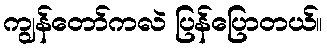
ကျွန်တော်ကလဲ ပြန်ပြောတယ်။